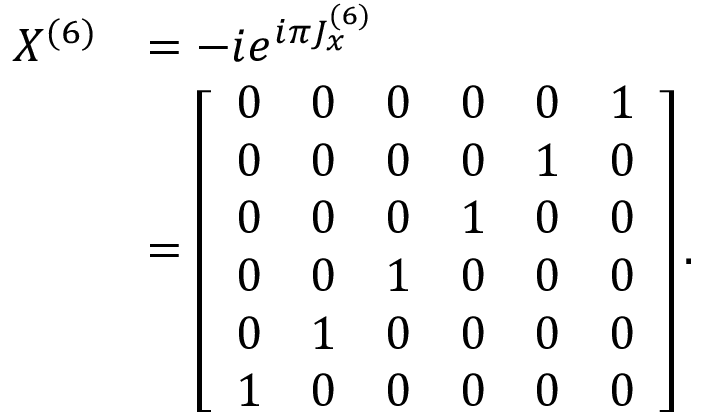
\begin{array} { r l } { X ^ { ( 6 ) } } & { = - i e ^ { i \pi J _ { x } ^ { ( 6 ) } } } \\ & { = \left[ \begin{array} { l l l l l l } { 0 } & { 0 } & { 0 } & { 0 } & { 0 } & { 1 } \\ { 0 } & { 0 } & { 0 } & { 0 } & { 1 } & { 0 } \\ { 0 } & { 0 } & { 0 } & { 1 } & { 0 } & { 0 } \\ { 0 } & { 0 } & { 1 } & { 0 } & { 0 } & { 0 } \\ { 0 } & { 1 } & { 0 } & { 0 } & { 0 } & { 0 } \\ { 1 } & { 0 } & { 0 } & { 0 } & { 0 } & { 0 } \end{array} \right] . } \end{array}